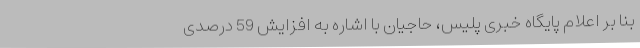
بنا بر اعلام پایگاه خبری پلیس، حاجیان با اشاره به افزایش 59 درصدی